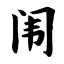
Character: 闱